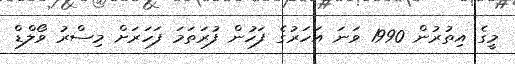
މީގެ އިތުރުން 1990 ވަނަ އަހަރުގެ ފަހުން ފުރަތަމަ ފަހަރަށް މިސްރު ވޯލްޑް